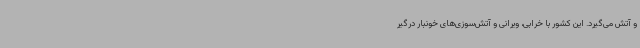
و آتش می‌گیرد. این کشور با خرابی، ویرانی و آتش‌سوزی‌های خونبار درگیر